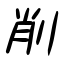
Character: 削